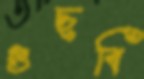
গুছবি